Eesti_Vabariigi_Tartu_Ulikool, lk 39
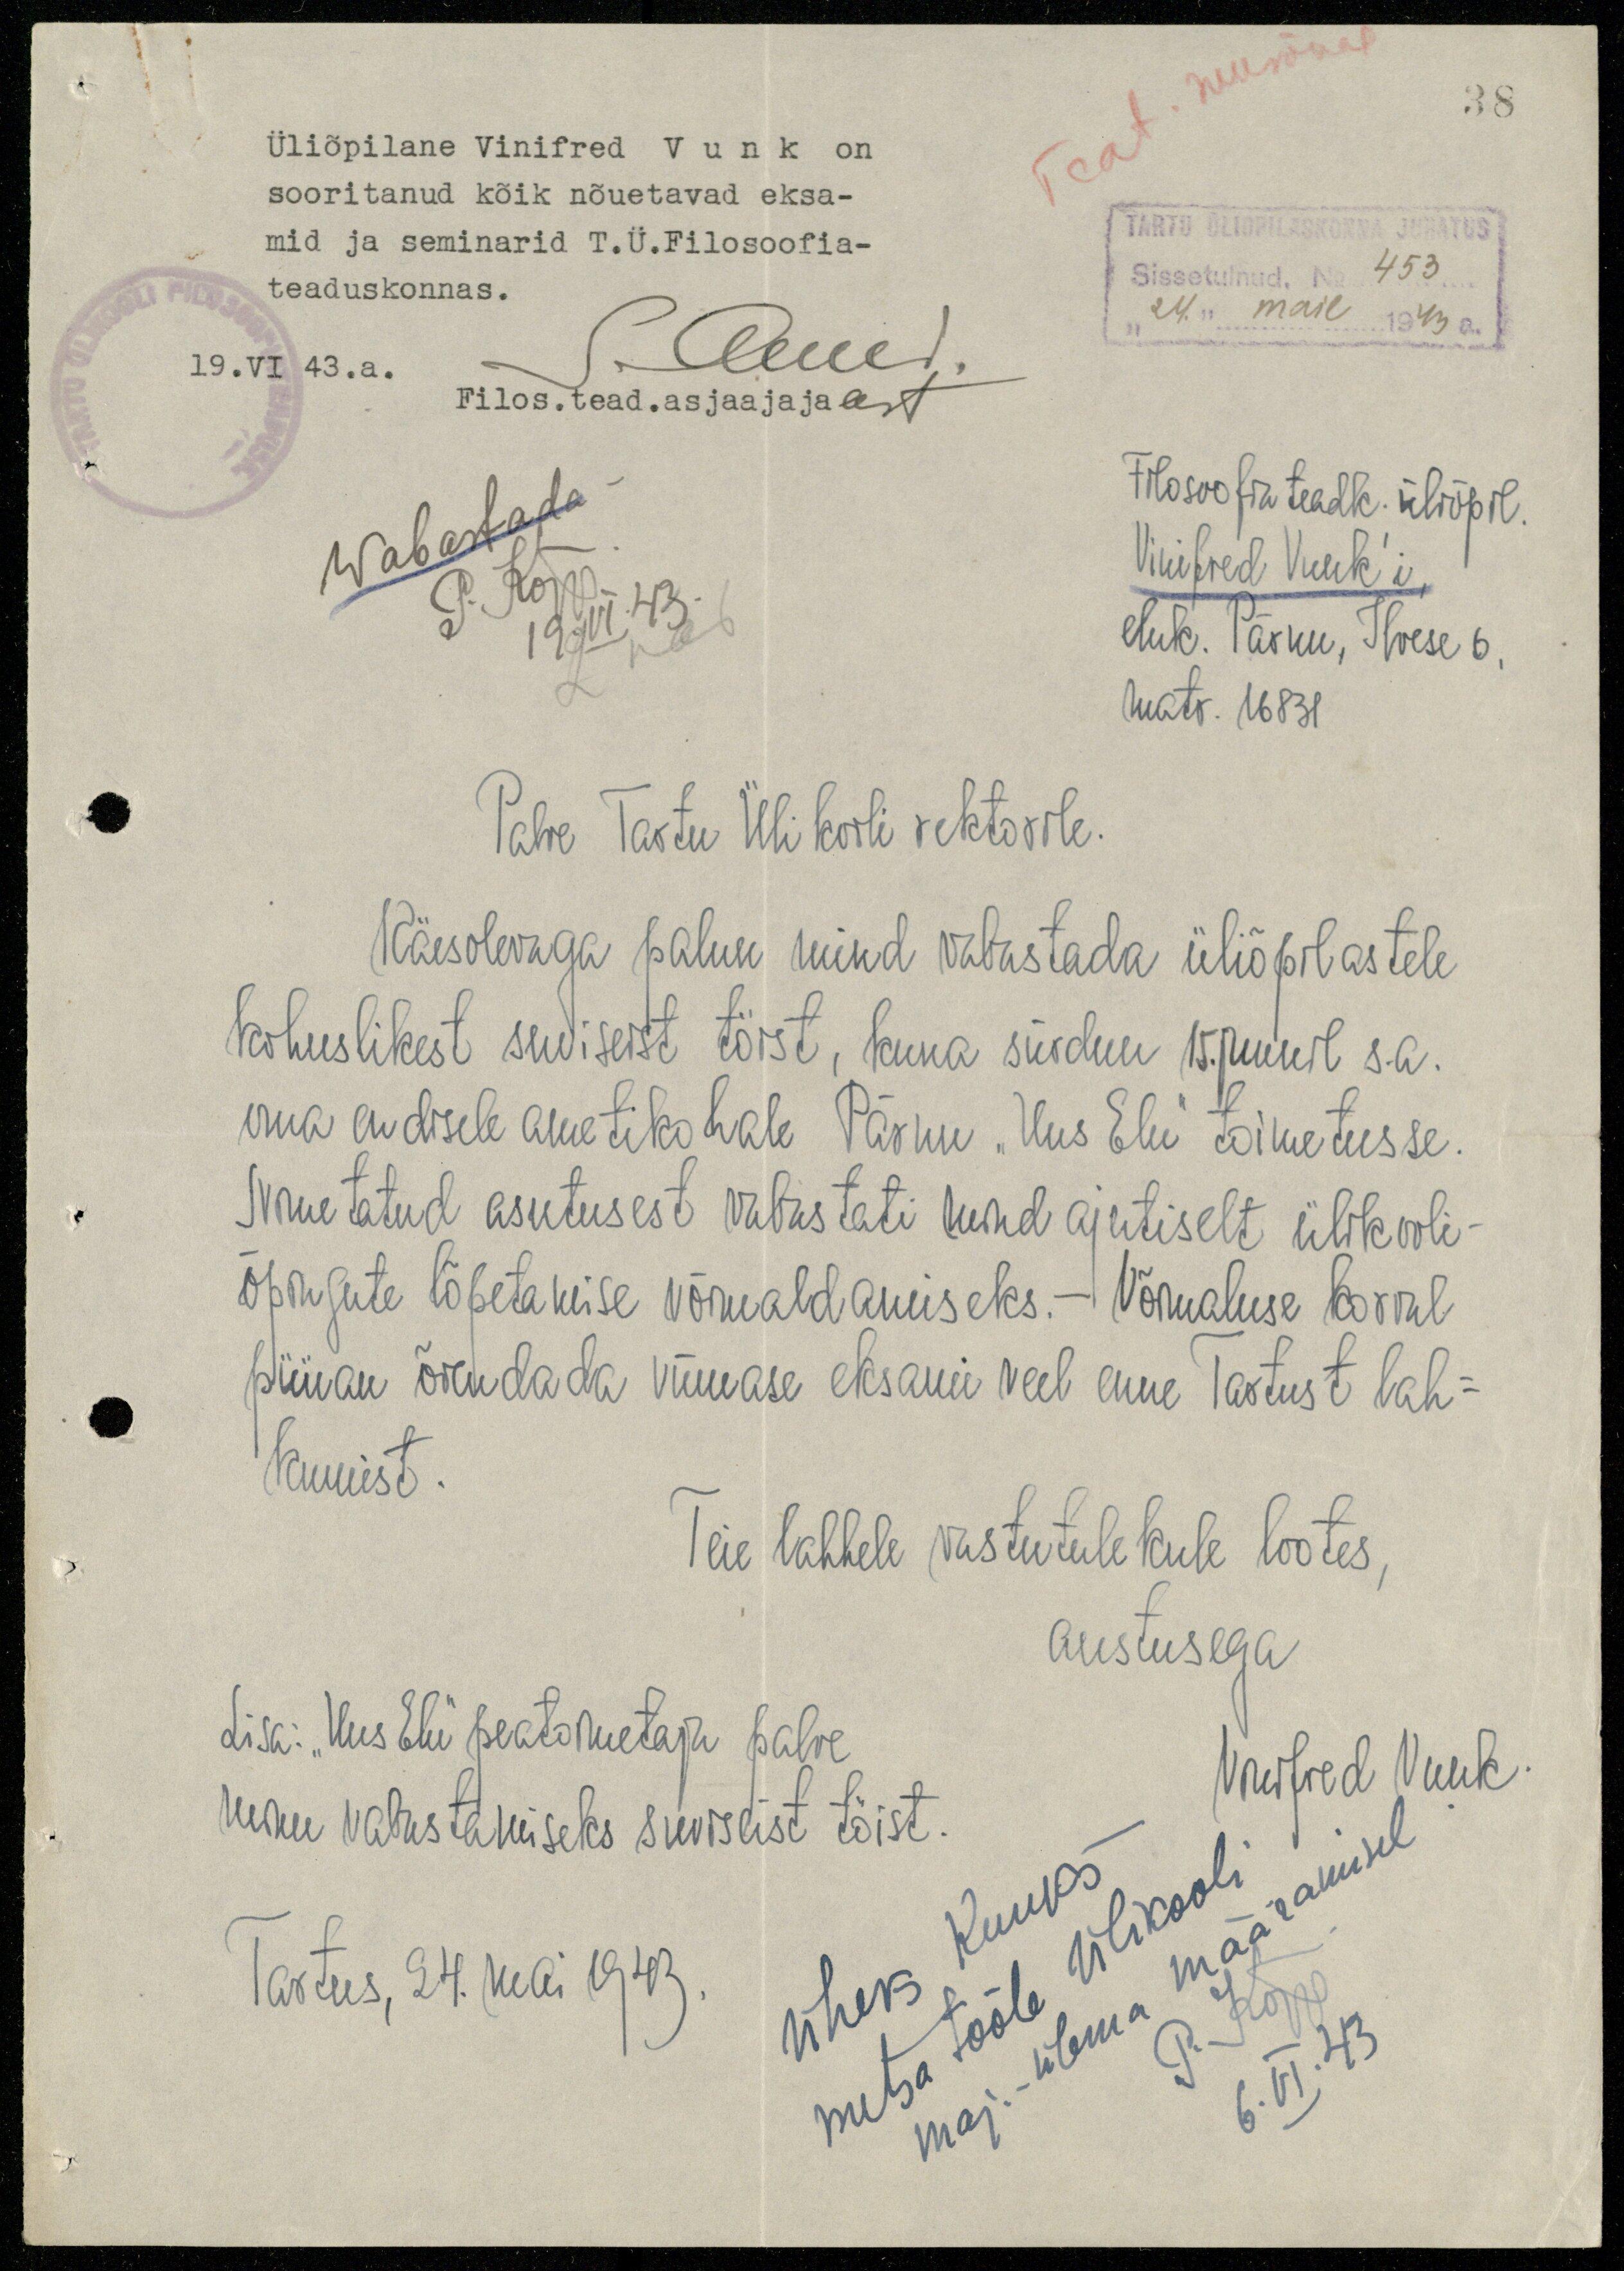
38
Teat. suusõnal
Üliõpilane Vinifred Vunk on
sooritanud kõik nõuetavad eksa-
mid ja seminarid T.Ü.Filosoofia-
teaduskonnas.
19.VI 43.a.
S. Arens.
Filos. tead. asjaajaja eest
TARTU ÜLIÕPILASKONNA JUHATUS
Sissetulnud. No 453
"24." mail 1943 a.
Wabastada
P. Kõpp
Filosoofia teadk. üliõpil.
Vinifred Vunk'i
eluk. Pärnu, Ilvese 6,
19.VI.43.
matr. 16831
Palve Tartu Ülikooli rektorile.
Käesolevaga palun mind vabastada üliõpilastele
kohuslikest suviseist töist, kuna siirdun 15.juunil s.a.
oma endisele ametikohale Pärnu "Uus Elu" toimetusse.
Nimetatud asutusest vabastati mind ajutiselt ülikooli-
õpingute lõpetamise võimaldamiseks. - Võimaluse korral
püüan õiendada viimase eksami veel enne Tartust lah-
kumist.
Teie lahkele vastutulekule lootes,
austusega
Winifred Vunk
Lisa: "Uus Elu" peatoimetaja palve
minu vabastamiseks suviseist töist
Tartus, 24. mai 1943.
Üheks kuuks
maj.-ülema määramisel
metsa tööle ülikooli
P. Kõpp
6.VI.43